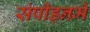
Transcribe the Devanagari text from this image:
संपीड़नमें